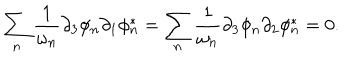
\sum _ { n } \frac { 1 } { \omega _ { n } } \partial _ { 3 } \phi _ { n } \partial _ { 1 } \phi _ { n } ^ { * } = \sum _ { n } \frac { 1 } { \omega _ { n } } \partial _ { 3 } \phi _ { n } \partial _ { 2 } \phi _ { n } ^ { * } = 0 .